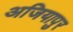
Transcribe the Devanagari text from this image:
अजियापुर